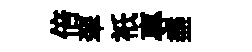
倍翠祇專盡